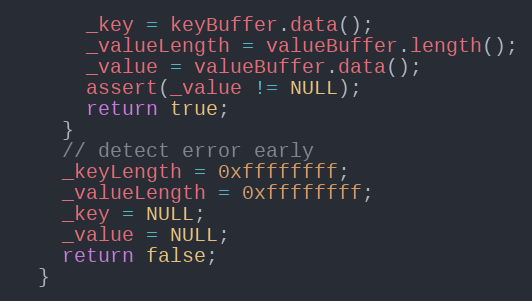
Language: C
      _key = keyBuffer.data();
      _valueLength = valueBuffer.length();
      _value = valueBuffer.data();
      assert(_value != NULL);
      return true;
    }
    // detect error early
    _keyLength = 0xffffffff;
    _valueLength = 0xffffffff;
    _key = NULL;
    _value = NULL;
    return false;
  }